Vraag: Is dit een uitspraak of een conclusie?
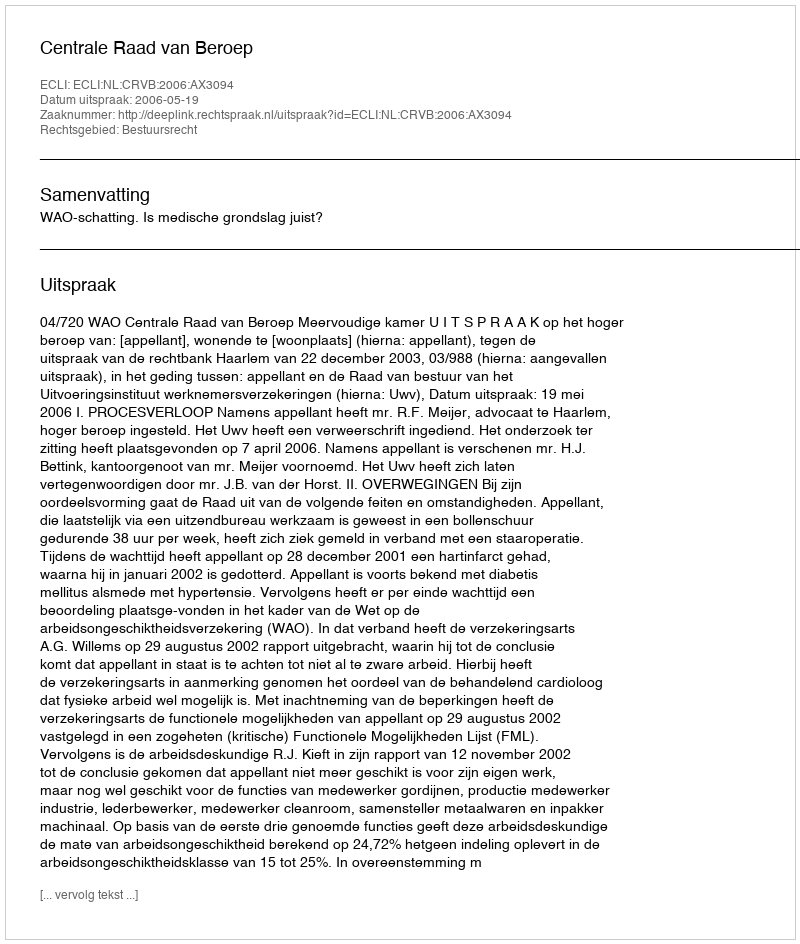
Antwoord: Uitspraak